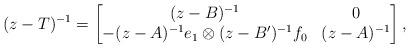
LaTeX: \begin{align*}(z-T)^{-1}=\begin{bmatrix} (z-B)^{-1}&0\\ -(z-A)^{-1}e_1\otimes(z-B')^{-1}f_0&(z-A)^{-1}\end{bmatrix},\end{align*}